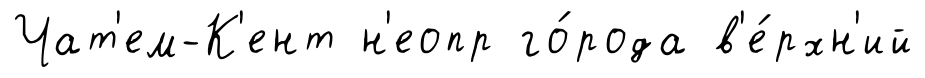
Чат'ем-К'ент н'еопр го́рода в'е́рхн'ий